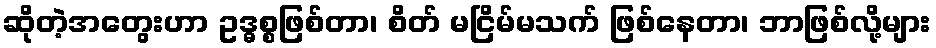
ဆိုတဲ့အတွေးဟာ ဥဒ္ဓစ္စဖြစ်တာ၊ စိတ် မငြိမ်မသက် ဖြစ်နေတာ၊ ဘာဖြစ်လို့များ